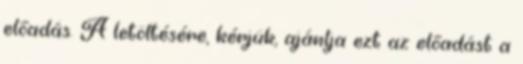
előadás. A letöltésére, kérjük, ajánlja ezt az előadást a